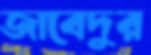
জাবেদুর